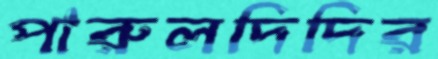
পারুলদিদির